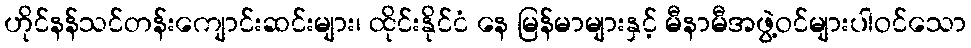
ဟိုင်နန်သင်တန်းကျောင်းဆင်းများ၊ ထိုင်းနိုင်ငံ နေ မြန်မာများနှင့် မီနာမီအဖွဲ့ဝင်များပါဝင်သော